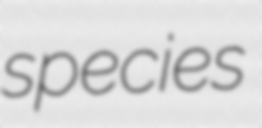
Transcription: species